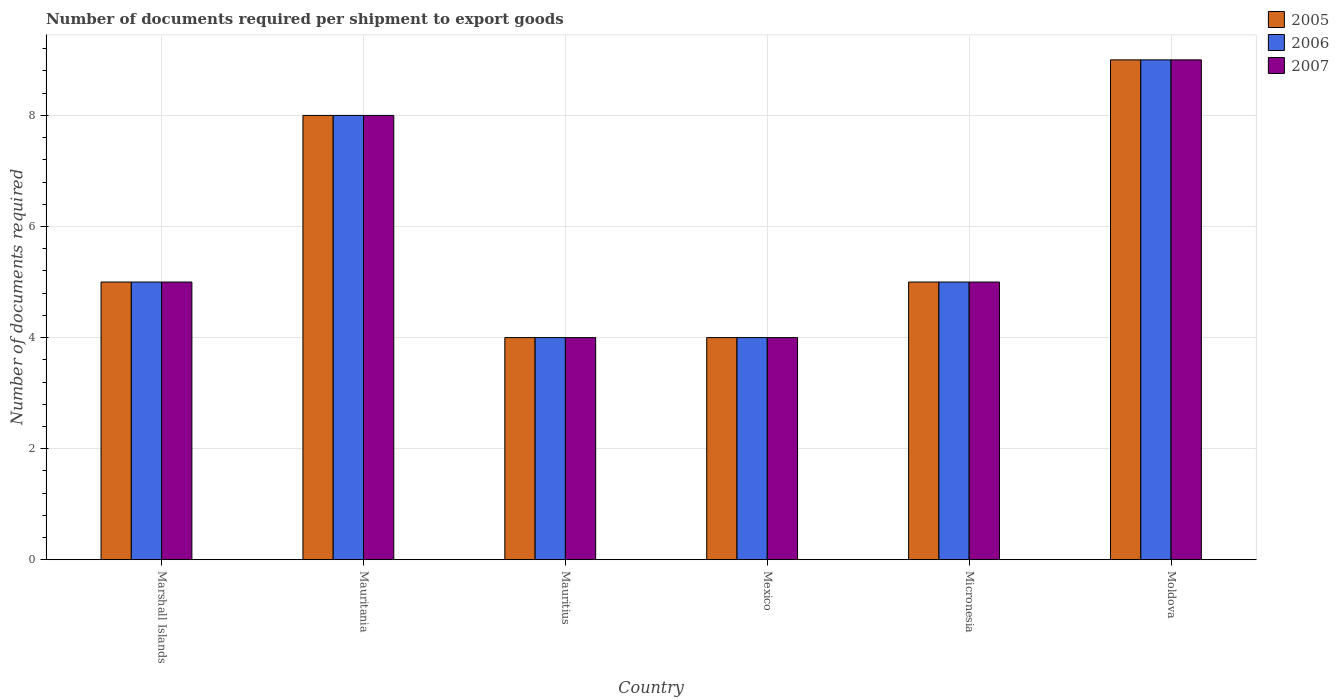
| Country | 2005 | 2006 | 2007 |
 | --- | --- | --- | --- |
 | Marshall Islands | 5 | 5 | 5 |
 | Mauritania | 8 | 8 | 8 |
 | Mauritius | 4 | 4 | 4 |
 | Mexico | 4 | 4 | 4 |
 | Micronesia | 5 | 5 | 5 |
 | Moldova | 9 | 9 | 9 |